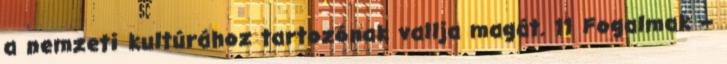
a nemzeti kultúrához tartozónak vallja magát. 11 Fogalmak –